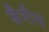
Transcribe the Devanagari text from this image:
जैनीस